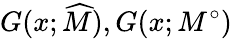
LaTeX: G(x;\widehat{M}),G(x;M^{\circ})